Vaccination in Bombay 1869-1873 - 1869-1873
Year: 1869
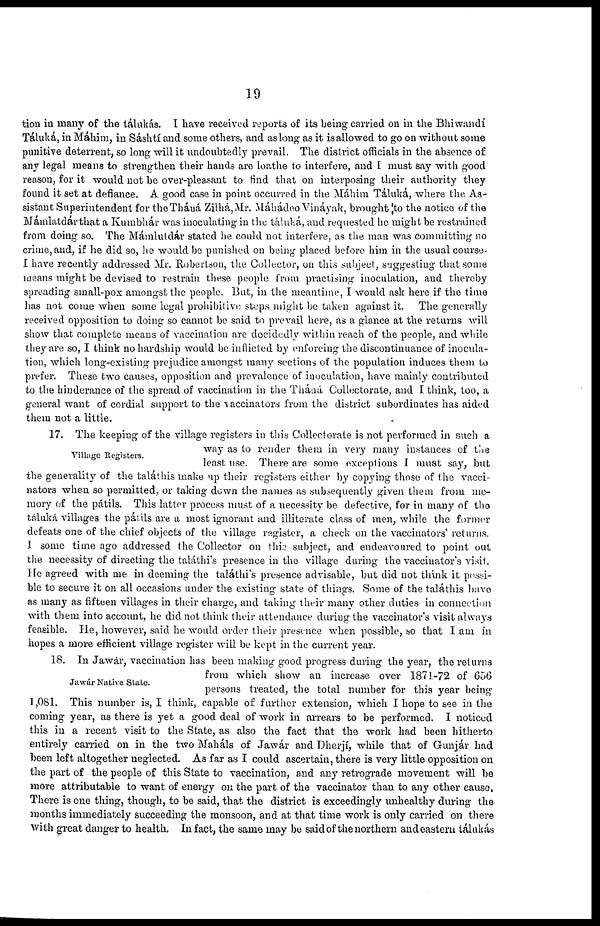
19
tion in many of the tálukás. I have received reports of its being carried on in the Bhiwandí
Táluká, in Máhim, in Sáshtí and some others, and as long as it is allowed to go on without some
punitive deterrent, so long will it undoubtedly prevail. The district officials in the absence of
any legal means to strengthen their hands are loathe to interfere, and £ must say with good
reason, for it would not be over-pleasant to find that on interposing their authority they
found it set at defiance. A good case in point occurred in the Mahim Táluká, where the As-
sistant Superintendent for the Tháná Zilhá, Mr. Máhádeo Vináyak, brought to the notice of the
Mámlatdár that a Kumbhár was inoculating in the táluká, and requested he might be restrained
from doing so. The Mámlutdár stated he could not interfere, as the man was committing no
crime, and, if he did so, he would be punished on being placed before him in the usual course.
I have recently addressed Mr. Robertson, the Collector, on this subject, suggesting that some
means might be devised to restrain these people from practising inoculation, and thereby
spreading small-pox amongst the people. But, in the meantime, I would ask here if the time
has not come when some legal prohibitive steps might be taken against it. The generally
received opposition to doing so cannot be said to prevail here, as a glance at the returns will
show that complete means of vaccination are decidedly within reach of the people, and while
they are so, I think no hardship would be inflicted by enforcing the discontinuance of inocula-
tion, which long-existing prejudice amongst many sections of the population induces them to
prefer. These two causes, opposition and prevalence of inoculation, have mainly contributed
to the hinderance of the spread of vaccination in the Tháná. Collectorate, and I think, too, a
general want of cordial support to the vaccinators from the district subordinates has aided
them not a little.
Village Registers.
17. The keeping of the village registers in this Collectorate is not performed in such a
way as to render them in very many instances of the
least use. There are some exceptions I must say, but
the generality of the taláthis make up their registers either by copying those of the vacci-
nators when so permitted, or taking down the names as subsequently given them from me-
mory of the pátils. This latter process must of a necessity be defective, for in many of the
táluká villages the pátils are a most ignorant and illiterate class of men, while the former
defeats one of the chief objects of the village register, a check on the vaccinators' returns.
I some time ago addressed the Collector on this subject, and endeavoured to point out
the necessity of directing the taláthi's presence in the village during the vaccinator's visit.
He agreed with me in deeming the taláthi's presence advisable, but did not think it possi-
ble to secure it on all occasions under the existing state of things. Some of the taláthis have
as many as fifteen villages in their charge, and taking their many other duties in connection
with them into account, he did not think their attendance during the vaccinator's visit always
feasible. He, however, said he would order their presence when possible, so that I am in
hopes a more efficient village register will be kept in the current year.
Jawár Native State.
18. In Jawár, vaccination has been making good progress during the year, the returns
from which show an increase over 1871-72 of 656
persons treated, the total number for this year being
1,081. This number is, I think, capable of further extension, which I hope to see in the
coming year, as there is yet a good deal of work in arrears to be performed. I noticed
this in a recent visit to the State, as also the fact that the work had been hitherto
entirely carried on in the two Maháls of Jawár and Dherjí, while that of Gunjár had
been left altogether neglected. As far as I could ascertain, there is very little opposition on
the part of the people of this State to vaccination, and any retrograde movement will be
more attributable to want of energy on the part of the vaccinator than to any other cause,
There is one thing, though, to be said, that the district is exceedingly unhealthy during the
months immediately succeeding the monsoon, and at that time work is only carried on there
with great danger to health. In fact, the same may be said of the northern and eastern tálukás